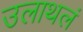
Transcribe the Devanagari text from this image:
उलाथलं